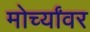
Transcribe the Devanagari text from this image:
मोर्च्यांवर